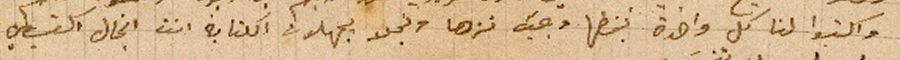
واكتبوا لنا كل واحدة بخطها وبحيث نزها ونجلا يجهلون الكتابة انت انجال اكتبي